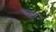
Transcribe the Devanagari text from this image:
सुबटा